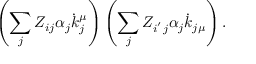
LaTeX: \left( \sum _ { j } Z _ { i j } \alpha _ { j } \dot { k } _ { j } ^ { \mu } \right) \left( \sum _ { j } Z _ { i ^ { ^ { \prime } } j } \alpha _ { j } \dot { k } _ { j \mu } \right) .